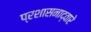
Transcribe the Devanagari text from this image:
प्रशासनाद्वारे